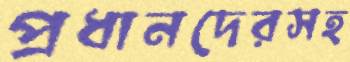
প্রধানদেরসহ